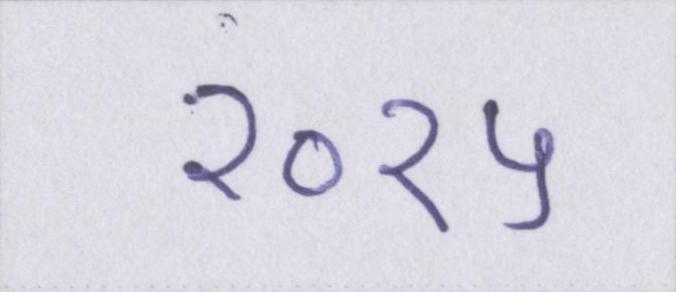
२०१५